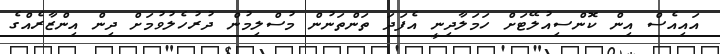
އައިއެސް އިން ކޮންސިއުލޭޓަށް ހަމަލާދިނީ އެފަދަ ތަންތަނުން މުސްލިމުން ދުރުހެލުވުމަށް ދިން އިންޒާރެއްގެ